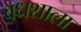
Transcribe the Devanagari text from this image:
वधशाला